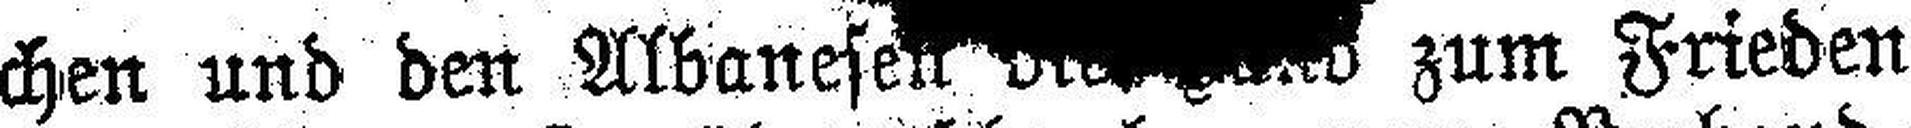
chen und den Albanesen ### zum Frieden